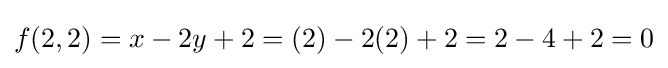
f(2,2)=x-2y+2=(2)-2(2)+2=2-4+2=0